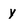
Character: y